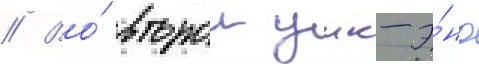
// Во́ второи уик-э́нд